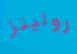
رولينز